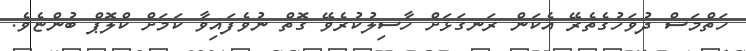
ހަތްމަސް ދުވަހުގެތެރޭ އެކަން ރަނގަޅަށް ހާސިލުކުރެވޭ ގޮތް ނުވެފައިވާ ކަމަށް ކްލޮޕް ބުންޏެވެ.